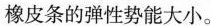
橡皮条的弹性势能大小。